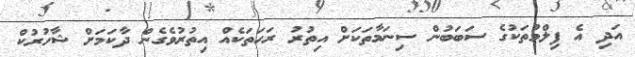
އަދި އެ ފިލްމުތަކުގެ ސަބަބުން ސިނަމާތަކަށް އިތުރު ރަހަތަކެއް އިތުރުވެގެން ދާކަމަށް ޝާހުރުކް